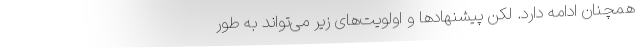
همچنان ادامه دارد. لکن پیشنهادها و اولویت‌های زیر می‌تواند به طور